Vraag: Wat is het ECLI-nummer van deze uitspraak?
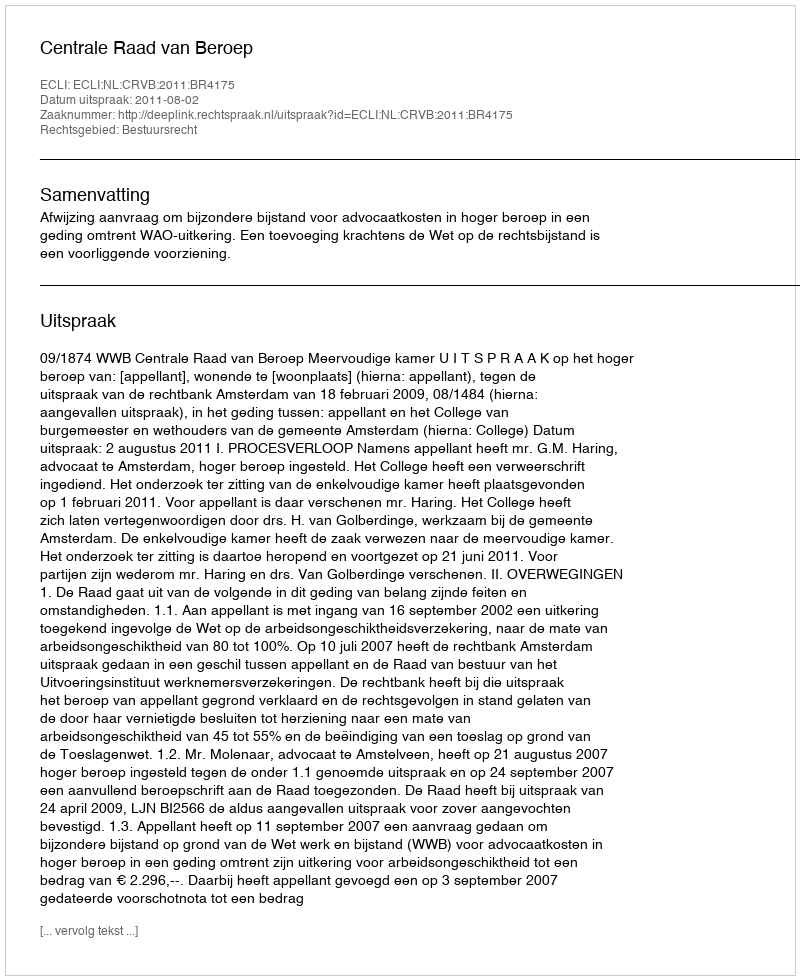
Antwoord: ECLI:NL:CRVB:2011:BR4175